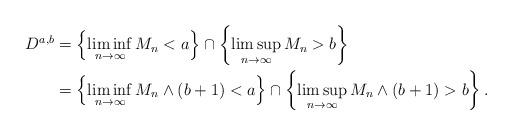
LaTeX: \begin{align*} D^{a,b} &= \left\{ \liminf_{n \to \infty} M_n < a \right\} \cap \left\{ \limsup_{n \to \infty} M_n > b \right\} \\ &= \left\{ \liminf_{n \to \infty} M_n \wedge (b+1) < a \right\} \cap \left\{ \limsup_{n \to \infty} M_n\wedge (b+1) > b \right\}. \end{align*}